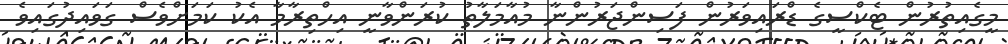
މީގެއިތުރުން ޓެކްސީގެ ޑްރައިވަރުން ފަސިންޖަރުންނާ މުއާމަލާތު ކުރަންވާނީ އިހްތިރާމާ އެކު ކަމަށްވެސް ގަވައިދުގައިވެ